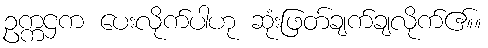
ဥက္ကဌက ပေးလိုက်ပါဟု ဆုံးဖြတ်ချက်ချလိုက်ဧ။်။